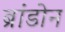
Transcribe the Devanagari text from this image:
ब्रांडोन